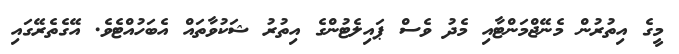
މީގެ އިތުރުން މެނޭޖްމަންޓާއި މެދު ވެސް ޕައިލެޓުންގެ އިތުރު ޝަކުވާތައް އެބަހުއްޓެވެ. އޭގެތެރޭގައި